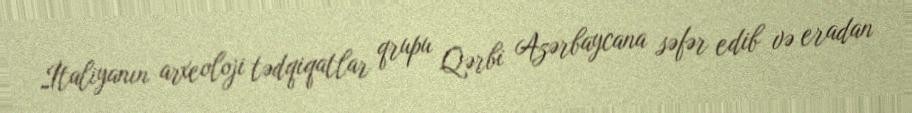
İtaliyanın arxeoloji tədqiqatlar qrupu Qərbi Azərbaycana səfər edib və eradan